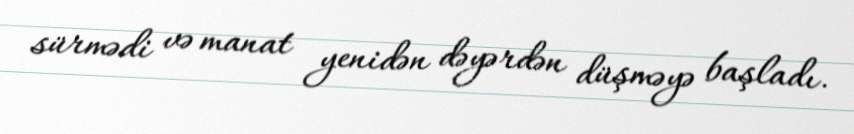
sürmədi və manat yenidən dəyərdən düşməyə başladı.